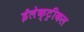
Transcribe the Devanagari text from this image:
ईलेक्ट्रीकल